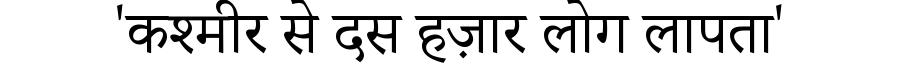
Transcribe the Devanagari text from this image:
'कश्मीर से दस हज़ार लोग लापता'